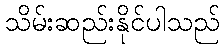
သိမ်းဆည်းနိုင်ပါသည်